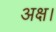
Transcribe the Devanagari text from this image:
अक्ष।